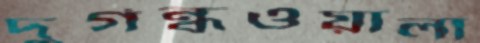
দুর্গন্ধওয়ালা